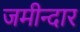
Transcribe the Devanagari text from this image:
जमीन्दार